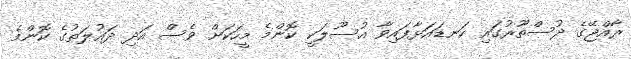
ރާއްޖޭގެ ދުސްތޫރުގައި ކަނޑައަޅާފައިވާ އުސޫލަކީ ކޮންމެ މީހަކަށް ވެސް އަދި ދައުލަތުގެ ކޮންމެ